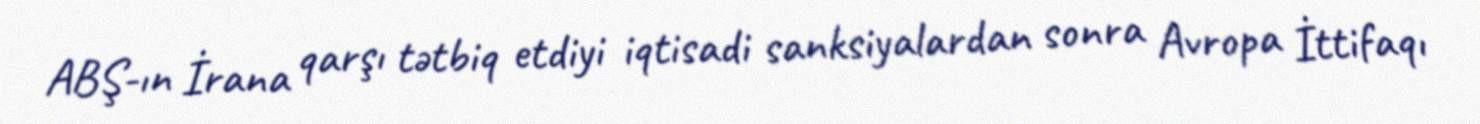
ABŞ-ın İrana qarşı tətbiq etdiyi iqtisadi sanksiyalardan sonra Avropa İttifaqı